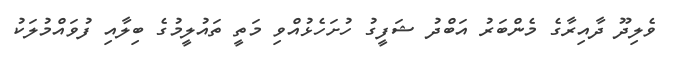
ވެލިދޫ ދާއިރާގެ މެންބަރު އަބްދު ޝަފީގު ހުށަހެޅުއްވި މަތީ ތައުލީމުގެ ބިލާއި ފުވައްމުލަކު